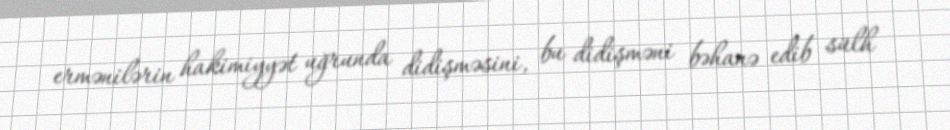
ermənilərin hakimiyyət uğrunda didişməsini, bu didişməni bəhanə edib sülh